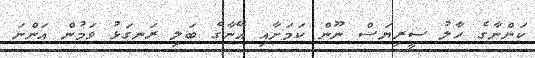
ކަންނާގެ ހާލު ސީރިޔަސް ނޫން ކަމަށާއި އޭނާގެ ބަލި ރަނގަޅު ވަމުން އަންނަ